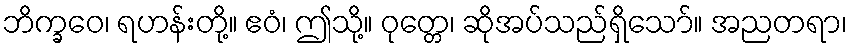
ဘိက္ခဝေ၊ ရဟန်းတို့။ ဧဝံ၊ ဤသို့။ ဝုတ္တေ၊ ဆိုအပ်သည်ရှိသော်။ အညတရာ၊